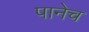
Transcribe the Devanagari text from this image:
पानेच